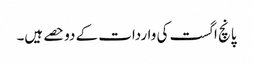
پانچ اگست کی واردات کے دوحصے ہیں۔